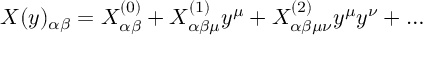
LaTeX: X ( y ) _ { \alpha \beta } = X _ { \alpha \beta } ^ { ( 0 ) } + X _ { \alpha \beta \mu } ^ { ( 1 ) } y ^ { \mu } + X _ { \alpha \beta \mu \nu } ^ { ( 2 ) } y ^ { \mu } y ^ { \nu } + \dots